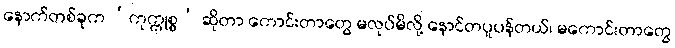
နောက်တစ်ခုက ‘ကုက္ကုစ္စ’ ဆိုတာ ကောင်းတာတွေ မလုပ်မိလို့ နောင်တပူပန်တယ်၊ မကောင်းတာတွေ